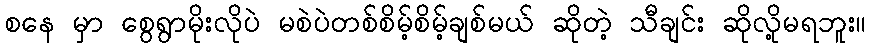
စနေ မှာ စွေရွာမိုးလိုပဲ မစဲပဲတစ်စိမ့်စိမ့်ချစ်မယ် ဆိုတဲ့ သီချင်း ဆိုလို့မရဘူး။